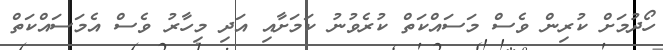
ހޯދުމަށް ކުރިން ވެސް މަސައްކަތް ކުރެވުނު ކަމަށާއި އަދި މިހާރު ވެސް އެމަސައްކަތް